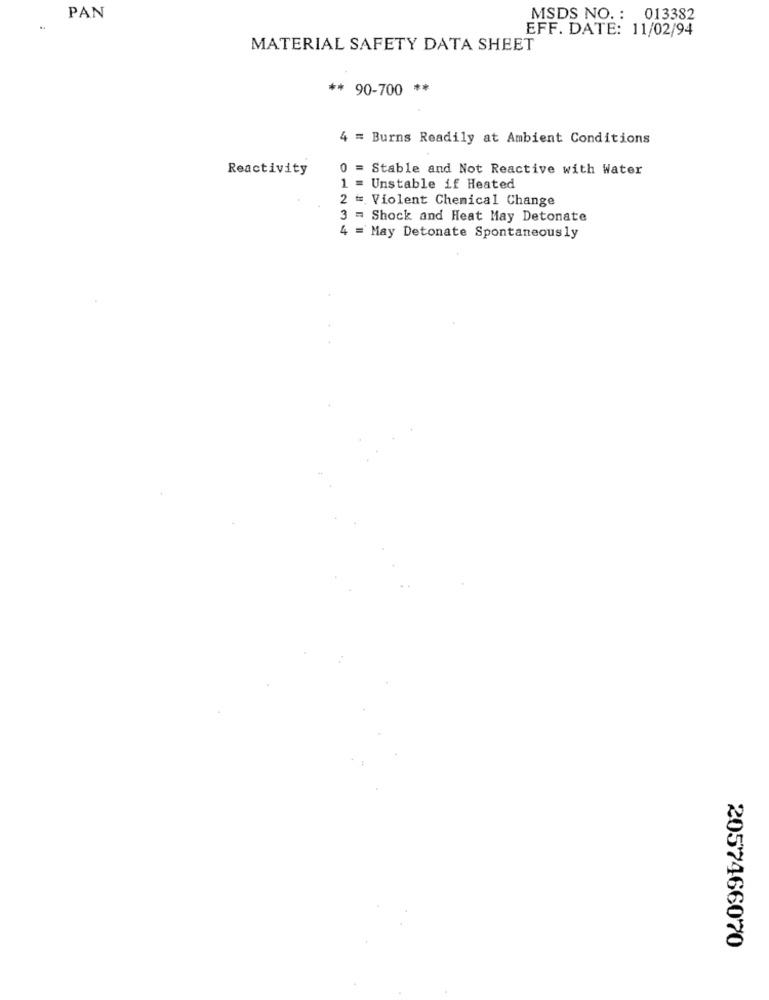
PAN
MSDS NO. : 013382
EFF. DATE: 11/02/94
MATERIAL SAFETY DATA SHEET
** 90-700 **
4 = Burns Readily at Ambient Conditions
Reactivity
= Stable and Not Reactive with Water
O
= Unstable if Heated
2 = Violent Chemical Change
3 = Shock and Heat May Detonate
4 = May Detonate Spontaneously
2057466070